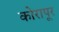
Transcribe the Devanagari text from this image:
कोरापूर